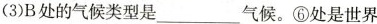
(3)B处的气候类型是___气候。⑥处是世界